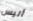
أليس